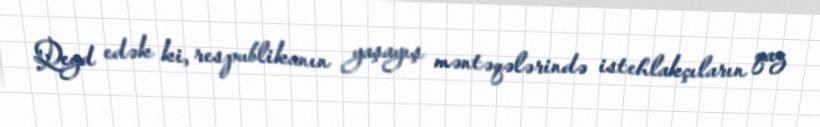
Qeyd edək ki, respublikanın yaşayış məntəqələrində istehlakçıların qaz